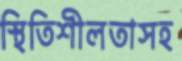
স্থিতিশীলতাসহ